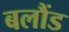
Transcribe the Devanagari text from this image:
बलौंड